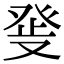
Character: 𤼬